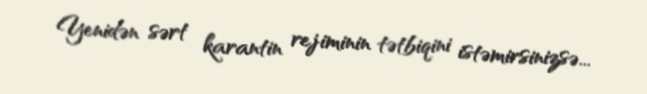
Yenidən sərt karantin rejiminin tətbiqini istəmirsinizsə...